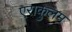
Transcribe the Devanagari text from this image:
एराकुलम